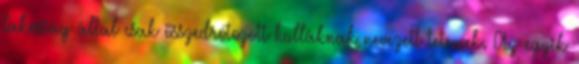
lakosság által csak összedrótozott hulláknak nevezett tetemek. Az egyik